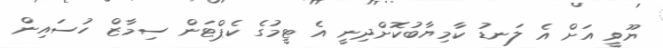
ޔޫވީ އަށް އެ ލަނޑު ކާމިޔާބުކޮށްދިނީ އެ ޓީމުގެ ކެޕްޓަން ސިމާޒް ހުސައިން